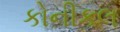
કોનીકલ